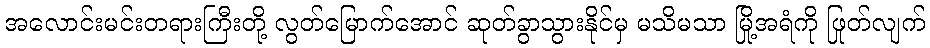
အလောင်းမင်းတရားကြီးတို့ လွတ်မြောက်အောင် ဆုတ်ခွာသွားနိုင်မှ မသိမသာ မြို့အရံကို ဖြုတ်လျက်